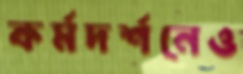
কর্মদর্শনেও